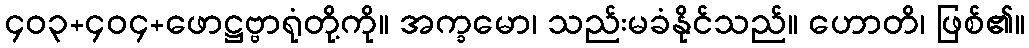
၄၀၃+၄၀၄+ဖောဋ္ဌဗ္ဗာရုံတို့ကို။ အက္ခမော၊ သည်းမခံနိုင်သည်။ ဟောတိ၊ ဖြစ်၏။